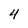
Character: 4